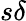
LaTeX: s\delta